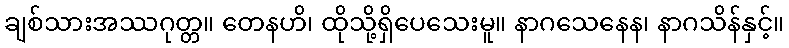
ချစ်သားအဿဂုတ္တ။ တေနဟိ၊ ထိုသို့ရှိပေသေးမူ။ နာဂသေနေန၊ နာဂသိန်နှင့်။